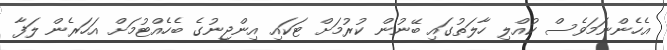
އެހެންނަމަވެސް ކުއްލި ހާލަތުގައި ބޭނުން ކުރުމަށް ޓަކައި އިންޖީނުގެ ބެހެއްޓުމަށް އަހަރެން ލަފާ